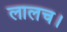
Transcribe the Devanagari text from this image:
लालच।